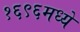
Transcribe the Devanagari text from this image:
१६९६मध्ये